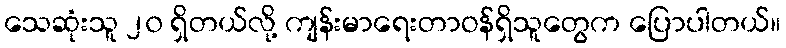
သေဆုံးသူ ၂၀ ရှိတယ်လို့ ကျန်းမာရေးတာဝန်ရှိသူတွေက ပြောပါတယ်။